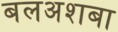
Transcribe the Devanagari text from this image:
बलअशबा